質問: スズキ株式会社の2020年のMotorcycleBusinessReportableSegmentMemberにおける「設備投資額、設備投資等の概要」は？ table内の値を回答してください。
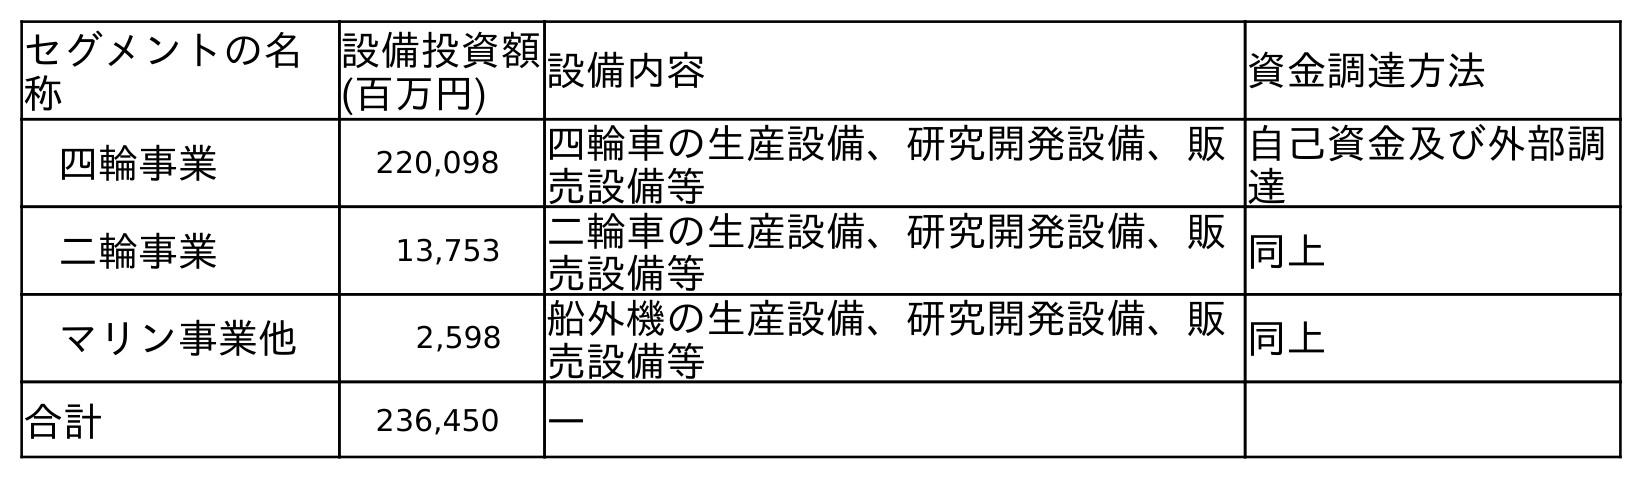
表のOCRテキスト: セグメントの名 称 設備投資額 (百万円) 設備内容 資金調達方法 四輪事業 220,098 四輪車の生産設備、研究開発設備、販 売設備等 自己資金及び外部調 達 二輪事業 13,753 二輪車の生産設備、研究開発設備、販 売設備等 同上 マリン事業他 2,598 船外機の生産設備、研究開発設備、販 売設備等 同上 合計 236,450 ―
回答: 13,753